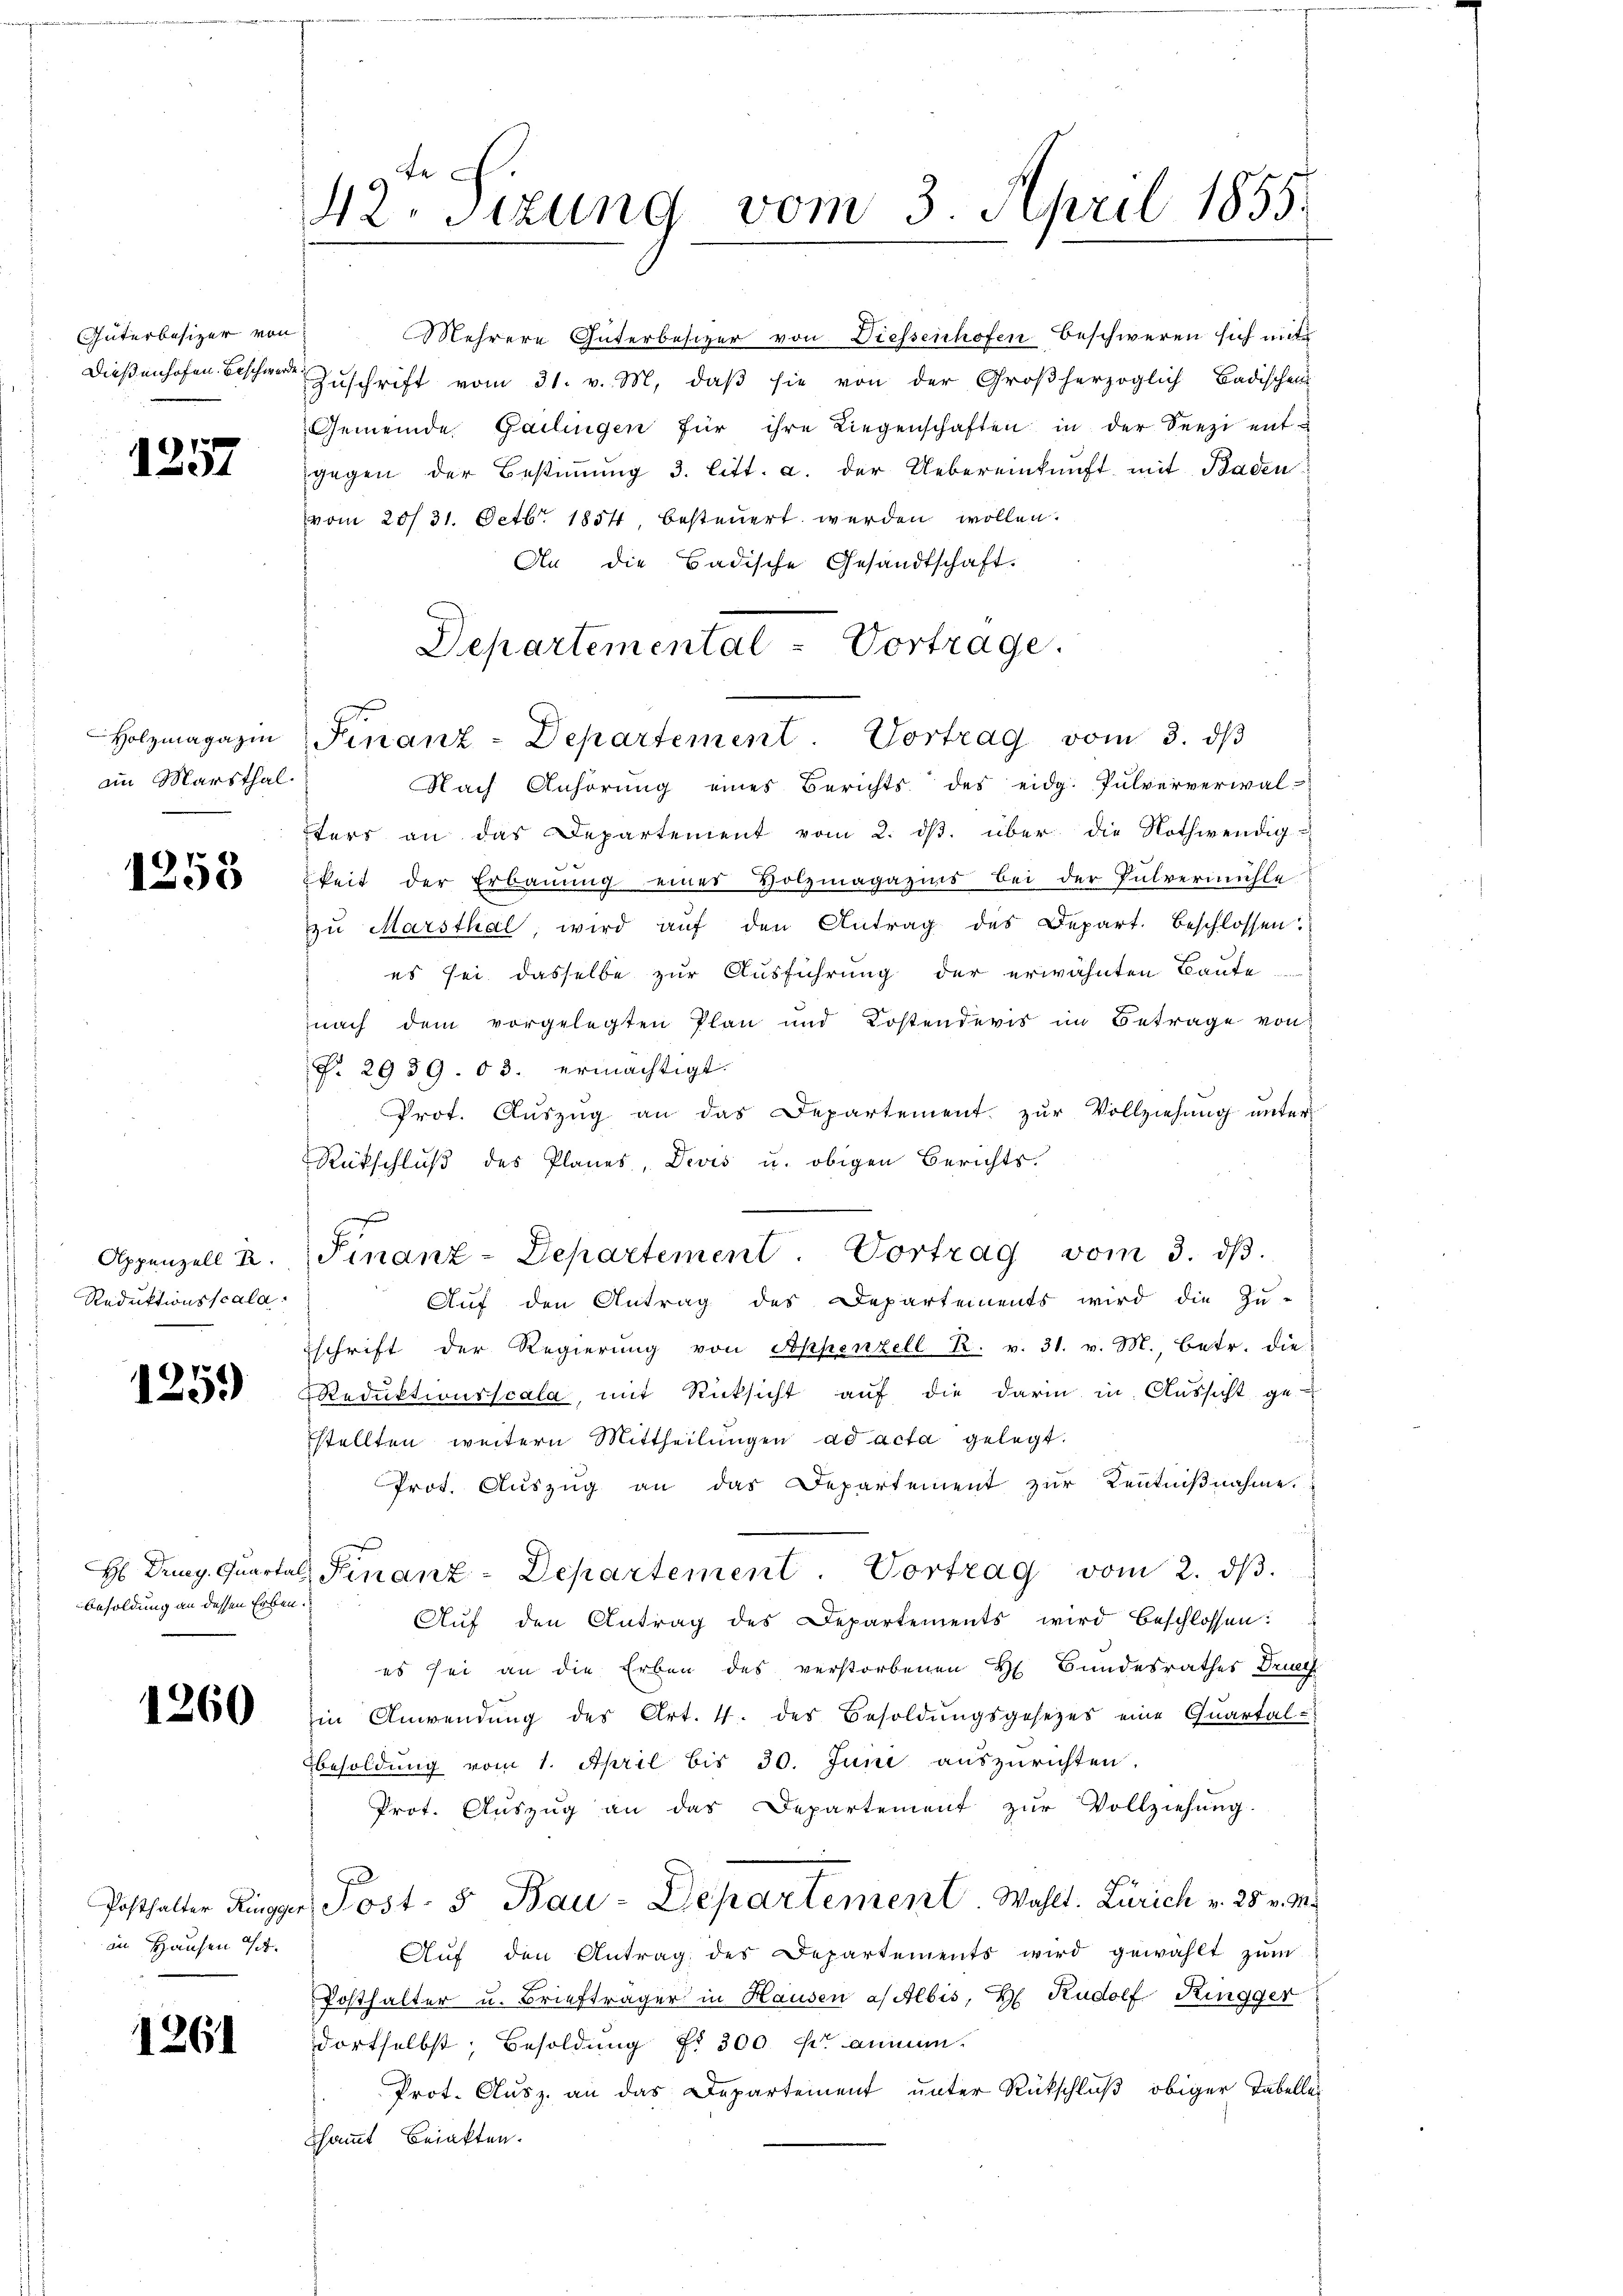
Güterbesizer von
Dießenhofen. Beschwerde

1257

Holzmagazin
im Marsthal.

1258

Appenzell I.
Reduktionsscala.

125.)

H Druey. Quartal
Besoldung an dessen Erben.

1260

Posthalter Ringge
in Hausen u.

1261

42. Sizung vom 3. April 1855.

Mehrere Güterbesizer von Diessenhofen Beschweren sich mit
Zŭschrift vom 31. v. M. daβ sie von der Großherzoglich Badischen
Gemeinde Gallingen für ihre Liegenschaften in der Seezi entgegen der Bestimmung 3. litt. a. der Uebereinkunft mit Baden
vom 20/31. Octbr. 1854, besteuert werden wollen.
An die Badische Gesandtschaft.
Nach Anhörung eines Berichts des eidg. Pulververwal-
ters an das Departement vom 2. dβ. über die Nothwendig-
keit der Erbauung eines Holzmagazins bei der Pulvermühle
zŭ Marsthal, wird aŭf den Antrag des Depart. Beschlossen:
es sei dasselbe zur Ausführung der erwähnten Baute
nach dem vorgelegten Plan und Kostendevis im Betrage von
P. 2939. 63. ermächtigt.
Prot. Auszug an das Departement zur Vollziehung unter
Rückschluß des Planes, Devis u. obigen Berichts-
Auf den Antrag des Departements wird die Zu-
schrift der Regierŭng von Appenzell R. v. 31. v. M., betr. die
Reduktionsscala, mit Rücksicht aŭf die darin in Aussicht ge
stellten weitern Mittheilungen ad acta gelegt.
Prot. Auszug an das Departement zur Kenntnißnahme.
Finanz-Departement. Vortrag vom 2. ds.
Aŭf den Antrag des Departements wird beschlossen:
es sei an die Erben des verstorbenen H. Bundesrathes Druc
Ein Anwendŭng des Art. 4. des Besoldŭngsgesetzes eine Quartal-
besoldŭng vom 1. April bis 30. Juni auszurichten.
Prot. Aŭszŭg an das Departement zŭr Vollziehŭng.
Post- 5 Bau-Departement. Wahlt. Zürich v. 25 v. M.
Aŭf den Antrag des Departements wird gewählt zŭm
Posthalter u. Briefträger in Hausen a/Albis, H. Rudolf Ringger
dortselbst, Besoldung f. 300 fr annen.
Prot. Ausz, an das Departement unter Rückschluß obiger Tabelle
sammt Briakten.

Departemental-Vortrage.
Finanz-Departement. Vortrag vom 3. dβ

Finanz-Departement. Vortrag vom 3. dβ.